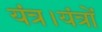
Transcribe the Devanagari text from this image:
यंत्र।यंत्रों